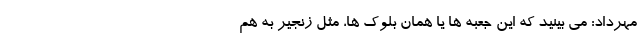
مهرداد: می بینید که این جعبه ها یا همان بلوک ها، مثل زنجیر به هم